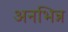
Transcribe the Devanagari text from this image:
अनभिन्न